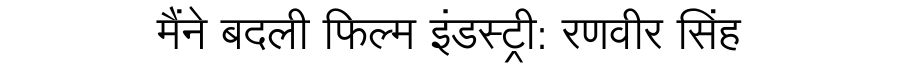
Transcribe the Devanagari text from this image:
मैंने बदली फिल्म इंडस्ट्री: रणवीर सिंह